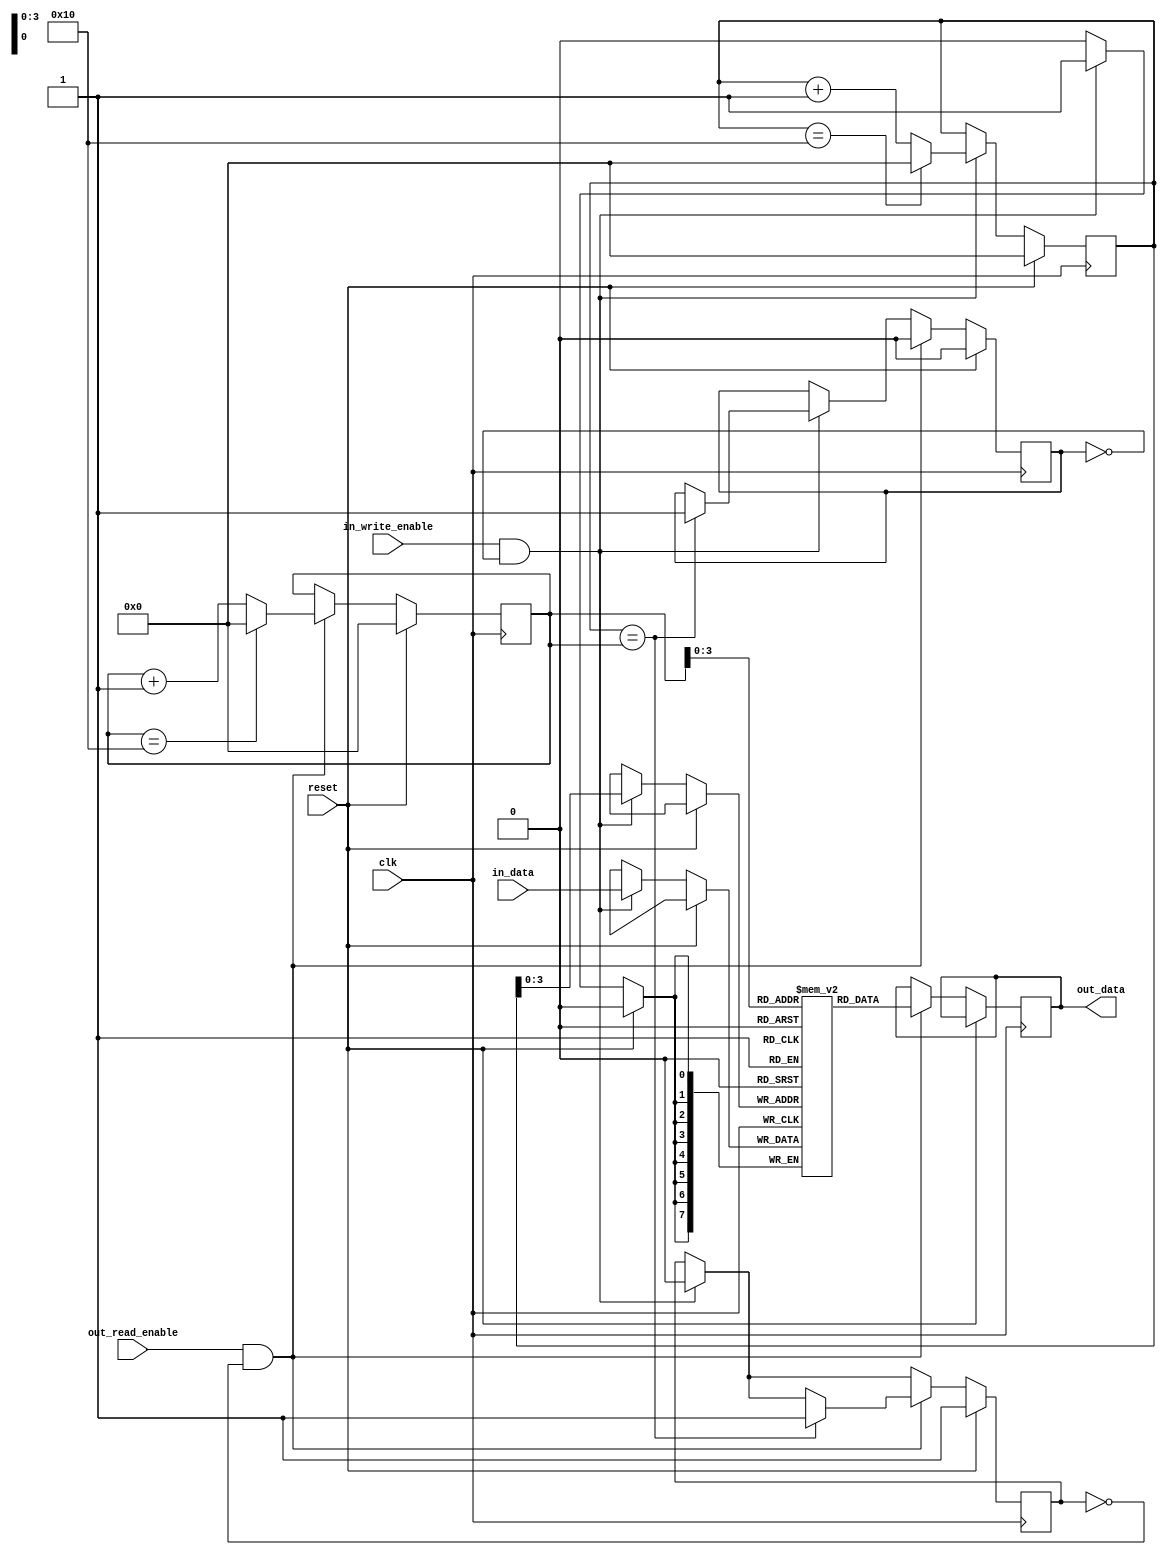
module dual_port_fifo_buffer (
  input clk,
  input reset,
  input [DATA_WIDTH-1:0] in_data,
  input in_write_enable,
  output [DATA_WIDTH-1:0] out_data,
  input out_read_enable
);

parameter DATA_WIDTH = 8;
parameter DEPTH = 16;

reg [DATA_WIDTH-1:0] fifo [0:DEPTH-1];
reg [DEPTH-1:0] head, tail;
reg full, empty;

// Timing control block
always @(posedge clk) begin
  if (reset) begin
    head <= 0;
    tail <= 0;
    full <= 0;
    empty <= 1;
  end else begin
    if (in_write_enable && !full) begin
      fifo[head] <= in_data;
      head <= head + 1;
      if (head == DEPTH) begin
        head <= 0;
      end
      if (head == tail) begin
        full <= 1;
      end
      empty <= 0;
    end
    if (out_read_enable && !empty) begin
      out_data <= fifo[tail];
      tail <= tail + 1;
      if (tail == DEPTH) begin
        tail <= 0;
      end
      if (head == tail) begin
        empty <= 1;
      end
      full <= 0;
    end
  end
end

// Synchronization blocks
always @(posedge clk) begin
  if (reset) begin
    // reset synchronization logic
  end else begin
    // synchronization logic between input and output ports
  end
end

endmodule